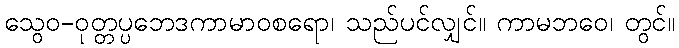
သွေဝ-ဝုတ္တပ္ပဘေဒကာမာဝစရော၊ သည်ပင်လျှင်။ ကာမဘဝေ၊ တွင်။